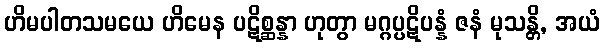
ဟိမပါတသမယေ ဟိမေန ပဋိစ္ဆန္နာ ဟုတွာ မဂ္ဂပ္ပဋိပန္နံ ဇနံ မုသန္တိ, အယံ